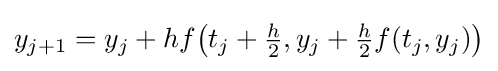
y_{j+1}=y_{j}+hf{\big (}t_{j}+{\tfrac {h}{2}},y_{j}+{\tfrac {h}{2}}f(t_{j},y_{j}){\big )}